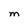
Character: M